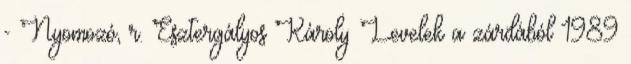
- Nyomozó, r. Esztergályos Károly Levelek a zárdából 1989